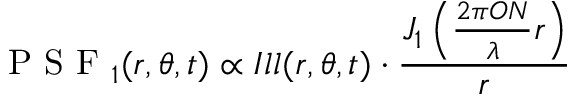
\textrm { P S F } _ { 1 } ( r , \theta , t ) \propto I l l ( r , \theta , t ) \cdot \frac { J _ { 1 } \left( \frac { 2 \pi O N } { \lambda } r \right) } { r }